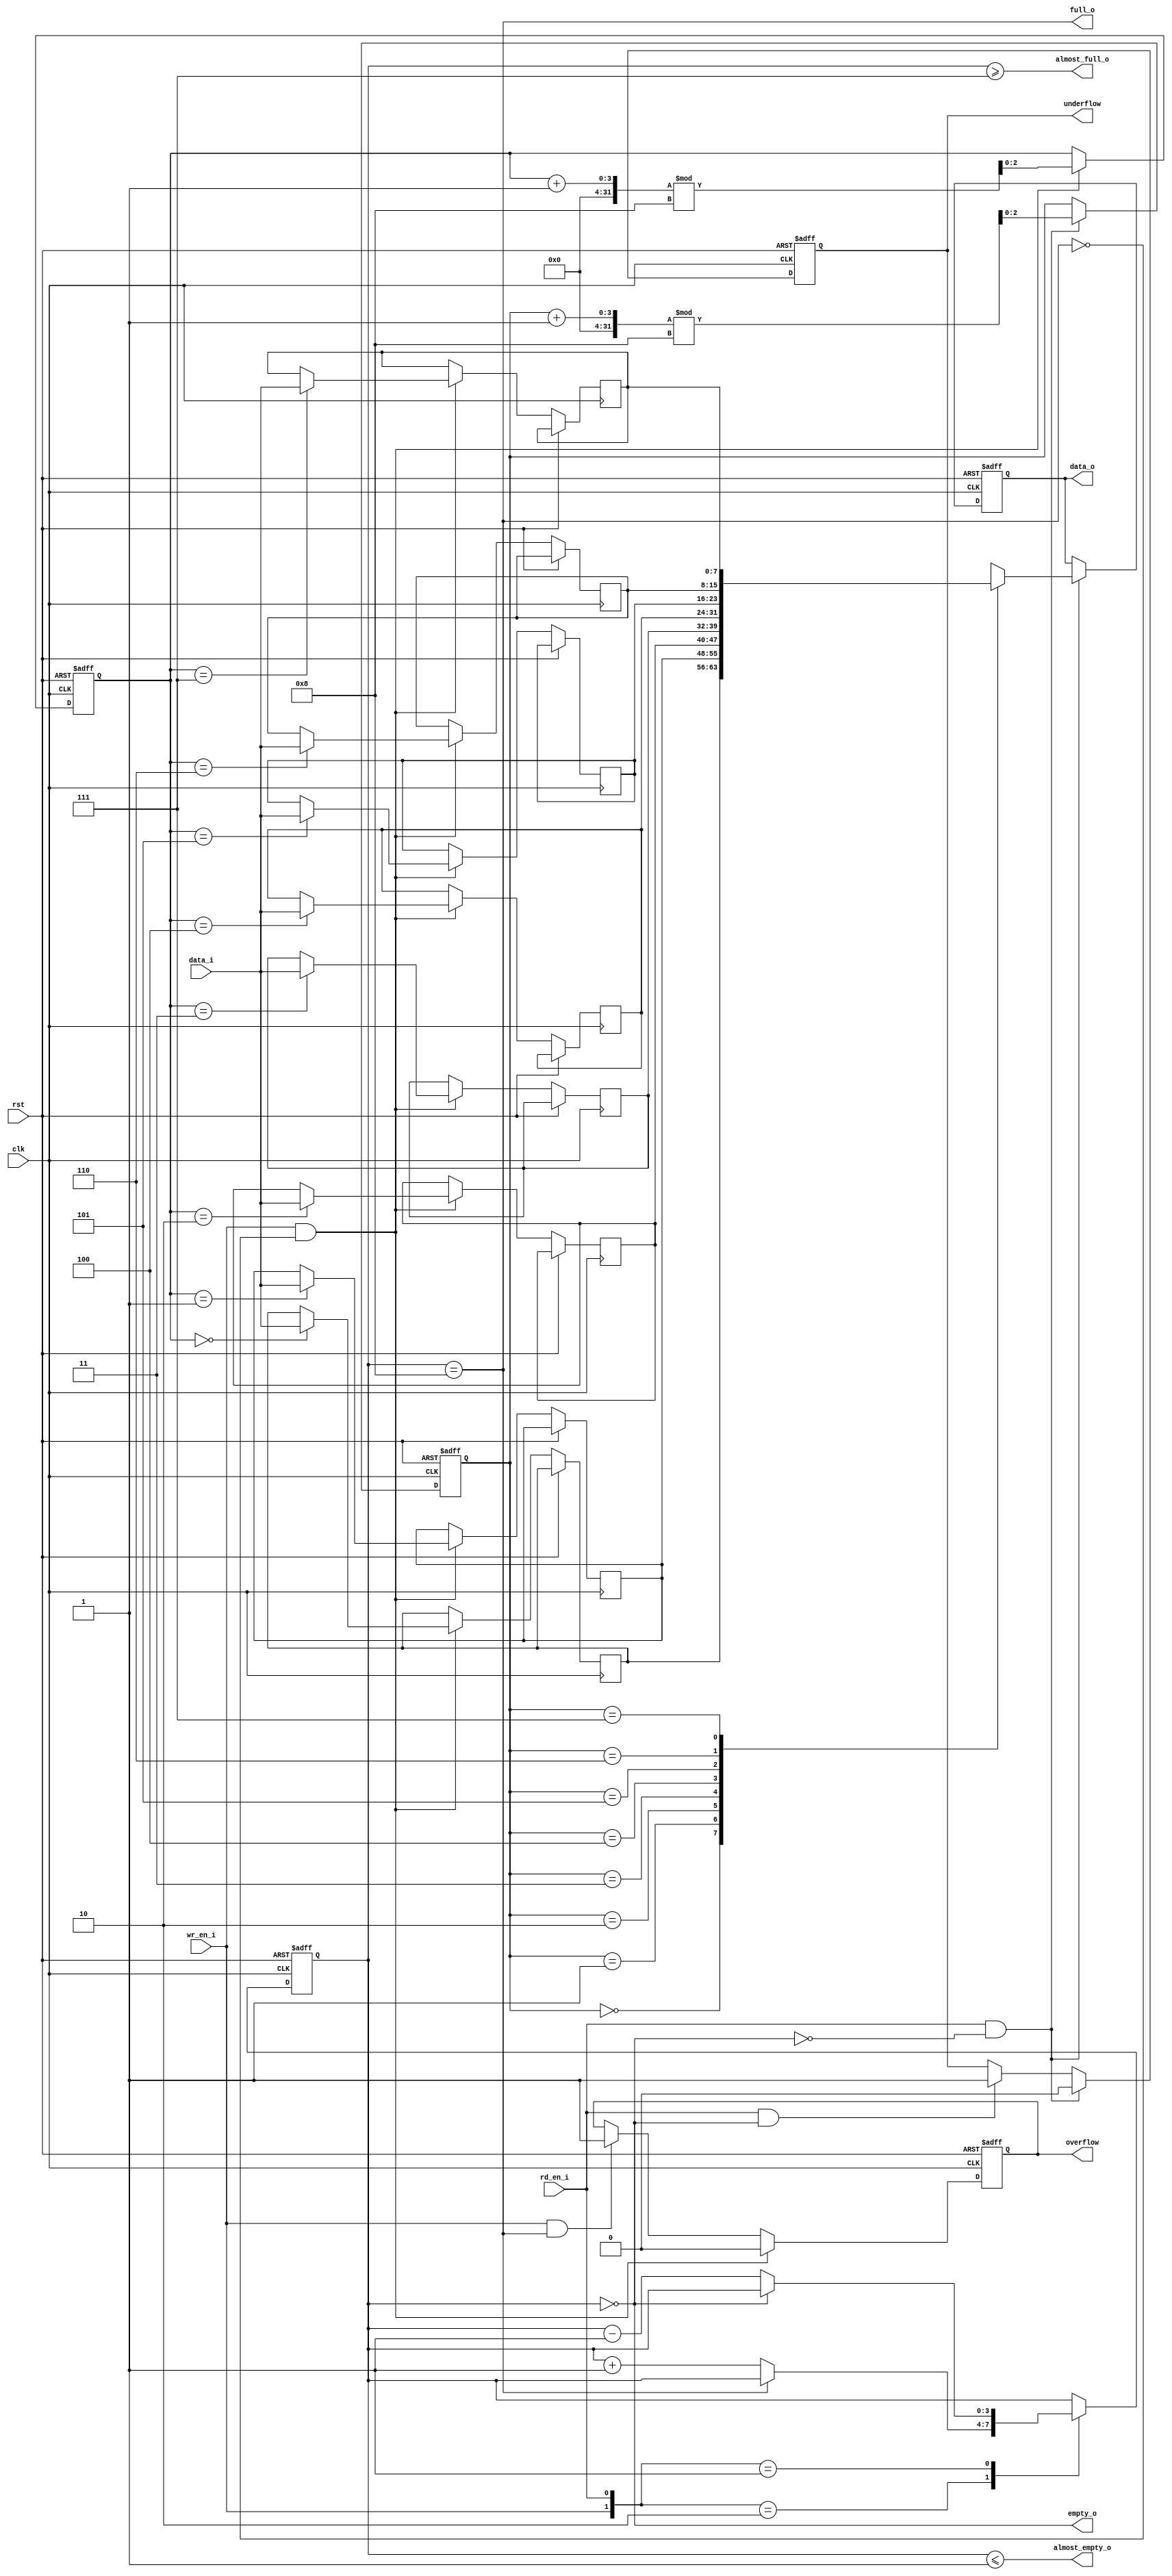
module fifo_mem #(parameter WIDTH = 8, DEPTH = 8) (
    input clk,
    input rst,
    
    input wr_en_i,
    input [WIDTH-1:0] data_i,
    output full_o,
    output almost_full_o,
    
    input rd_en_i,
    output reg [WIDTH-1:0] data_o,
    output empty_o,
    output almost_empty_o,
    
    output reg overflow,
    output reg underflow
);

    // Calculate the width of the address pointers based on DEPTH
    localparam ADDR_WIDTH = $clog2(DEPTH);

    // Memory array to store FIFO data
    reg [WIDTH-1:0] mem [DEPTH-1:0];

    // Write and read pointers
    reg [ADDR_WIDTH-1:0] wr_ptr;
    reg [ADDR_WIDTH-1:0] rd_ptr;
    
    // Counter to keep track of the number of elements in the FIFO
    reg [ADDR_WIDTH:0] count;

    // Full and empty flags based on count value
    assign full_o = (count == DEPTH);
    assign almost_full_o = (count >= DEPTH-1);
    assign empty_o = (count == 0);
    assign almost_empty_o = (count <= 1);

    // Write operation
    always @ (posedge clk or posedge rst) begin
        if (rst) begin
            wr_ptr <= 0;
            overflow <= 0;
        end else begin
            if (wr_en_i && !full_o) begin
                mem[wr_ptr] <= data_i;      // Write data to memory
                wr_ptr <= (wr_ptr + 1) % DEPTH; // Increment and wrap around write pointer
                overflow <= 0;
            end else if (wr_en_i && full_o) begin
                overflow <= 1; // FIFO overflow error
            end
        end
    end

    // Read operation
    always @ (posedge clk or posedge rst) begin
        if (rst) begin
            rd_ptr <= 0;
            data_o <= {WIDTH{1'b0}}; // Initialize output data
            underflow <= 0;
        end else begin
            if (rd_en_i && !empty_o) begin
                data_o <= mem[rd_ptr];     // Read data from memory
                rd_ptr <= (rd_ptr + 1) % DEPTH; // Increment and wrap around read pointer
                underflow <= 0;
            end else if (rd_en_i && empty_o) begin
                underflow <= 1; // FIFO underflow error
            end
        end
    end

    // Counter to track the number of elements in the FIFO
    always @ (posedge clk or posedge rst) begin
        if (rst) begin
            count <= 0;
        end else begin
            case ({wr_en_i, rd_en_i})
                2'b10 : if (!full_o) count <= count + 1; // Increment count on write
                2'b01 : if (!empty_o) count <= count - 1; // Decrement count on read
                2'b11 : count <= count; // No change on simultaneous read and write
                2'b00 : count <= count; // No change on idle
                default : count <= count;
            endcase
        end
    end

endmodule